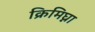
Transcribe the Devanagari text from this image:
क्रिमिघ्ना